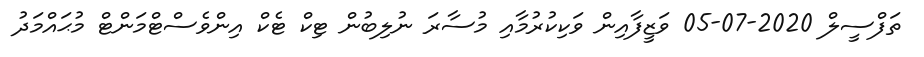
ތަފްސީލް 2020-07-05 ވަޒީފާއިން ވަކިކުރުމާއި މުސާރަ ނުލިބުން ޓިކް ޓެކް އިންވެސްޓްމަންޓް މުޙައްމަދު